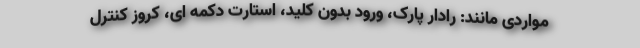
مواردی مانند: رادار پارک، ورود بدون کلید، استارت دکمه ای، کروز کنترل